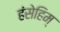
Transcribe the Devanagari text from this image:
हंसेहिम्‌